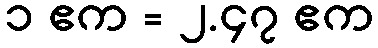
၁ ဧက = ၂.၄၇ ဧက